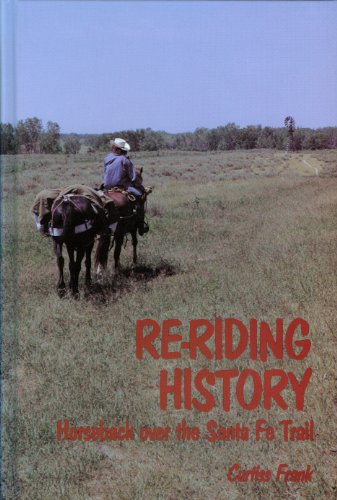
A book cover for Re-Riding History: Horseback over the Sante Fe Trail; Curtiss Frank; Travel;